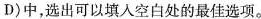
D)中，选出可以填人空白处的最佳选项。